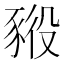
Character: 𧱕